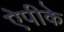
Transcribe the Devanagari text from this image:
ऐपीके